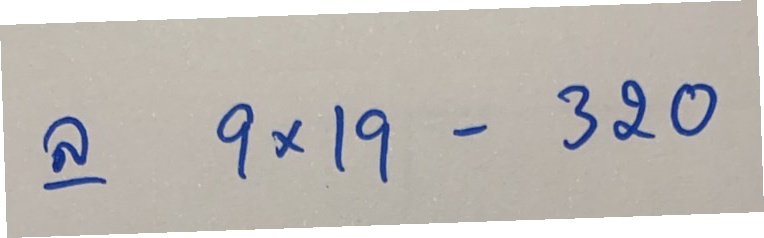
ล 9x19 - 320